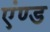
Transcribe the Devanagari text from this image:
एंण्ड